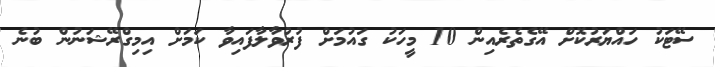
ސޭޓަކު ހައްޔަރުކޮށް އޭގެތެރެއިން 10 މީހަކު ގައުމަށް ފުރުވާލާފައިވާ ކަމަށް އިމިގްރޭޝަނުން ބުނެ